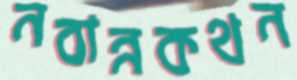
নবান্নকথন